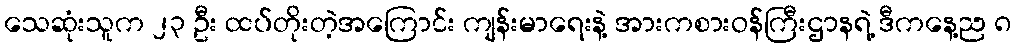
သေဆုံးသူက ၂၃ ဦး ထပ်တိုးတဲ့အကြောင်း ကျန်းမာရေးနဲ့ အားကစားဝန်ကြီးဌာနရဲ့ ဒီကနေ့ည ၈